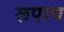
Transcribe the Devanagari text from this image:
रूपाय